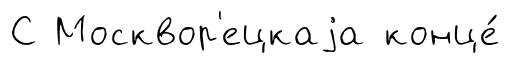
С Москвор'ецкаjа конце́